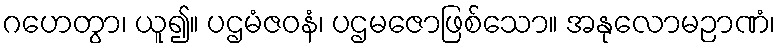
ဂဟေတွာ၊ ယူ၍။ ပဌမံဇဝနံ၊ ပဌမဇောဖြစ်သော။ အနုလောမဉာဏံ၊